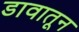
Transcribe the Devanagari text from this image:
डावातून